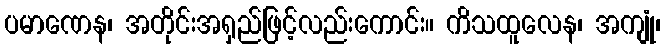
ပမာဏေန၊ အတိုင်းအရှည်ဖြင့်လည်းကောင်း။ ကိသထူလေန၊ အကျုံ၊